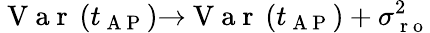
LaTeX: \mathrm{~V~a~r~}\left(t_{\mathrm{~A~P~}}\right){\rightarrow}\mathrm{~V~a~r~}\left(t_{\mathrm{~A~P~}}\right)+\sigma_{\mathrm{~r~o~}}^{2}